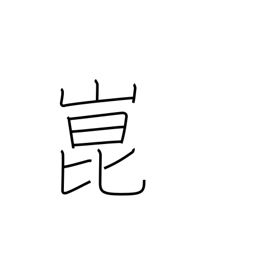
Meaning: place name